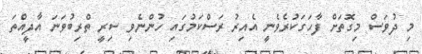
މި ދުވަސް މިގޮތަށް ފާހަގަކުރެވެނީ އެއިރު ރަސްކަމުގައި ހުންނެވި ސިރީ ތްރިބުވަނަ އާދީއްތަ